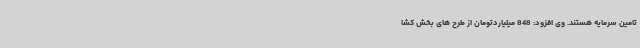
تامین سرمایه هستند. وی افزود: 848 میلیاردتومان از طرح های بخش کشا